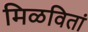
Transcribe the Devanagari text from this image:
मिळवितां